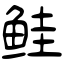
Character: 鲑